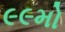
૯૯મો